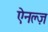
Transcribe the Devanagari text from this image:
ऐनल्ज़